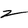
Character: z